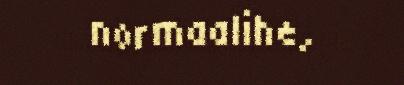
normaalihe,